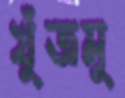
খুঁজমু